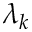
\lambda _ { k }